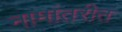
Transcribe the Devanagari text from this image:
नामांतरीत